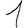
Digit: 1